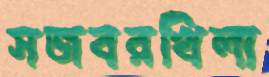
সজবরখিলা